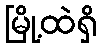
မြို့ထဲရှိ